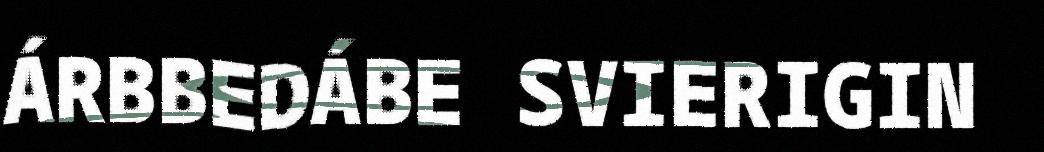
ÁRBBEDÁBE SVIERIGIN